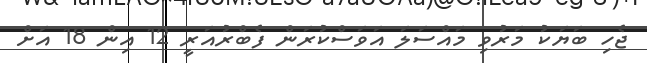
ޖެހި ބަޔަކު މަރުވި މައްސަލަ އަވަސްކުރަން ފެބްރުއަރީ 12 އިން 18 އަށް